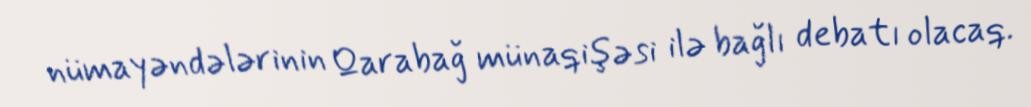
nümayəndələrinin Qarabağ münaqişəsi ilə bağlı debatı olacaq.